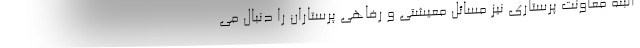
البته معاونت پرستاری نیز مسائل معیشتی و رفاهی پرستاران را دنبال می